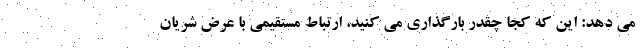
می دهد: این که کجا چقدر بارگذاری می کنید، ارتباط مستقیمی با عرض شریان